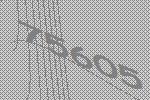
75605